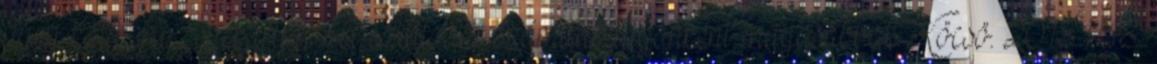
ilyen kaliberű zenekartól. A szállodai számláik tagonként magasabbak.Köcsö. 2018.11.18.